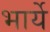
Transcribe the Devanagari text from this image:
भार्ये